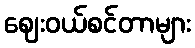
ဈေးဝယ်စင်တာများ